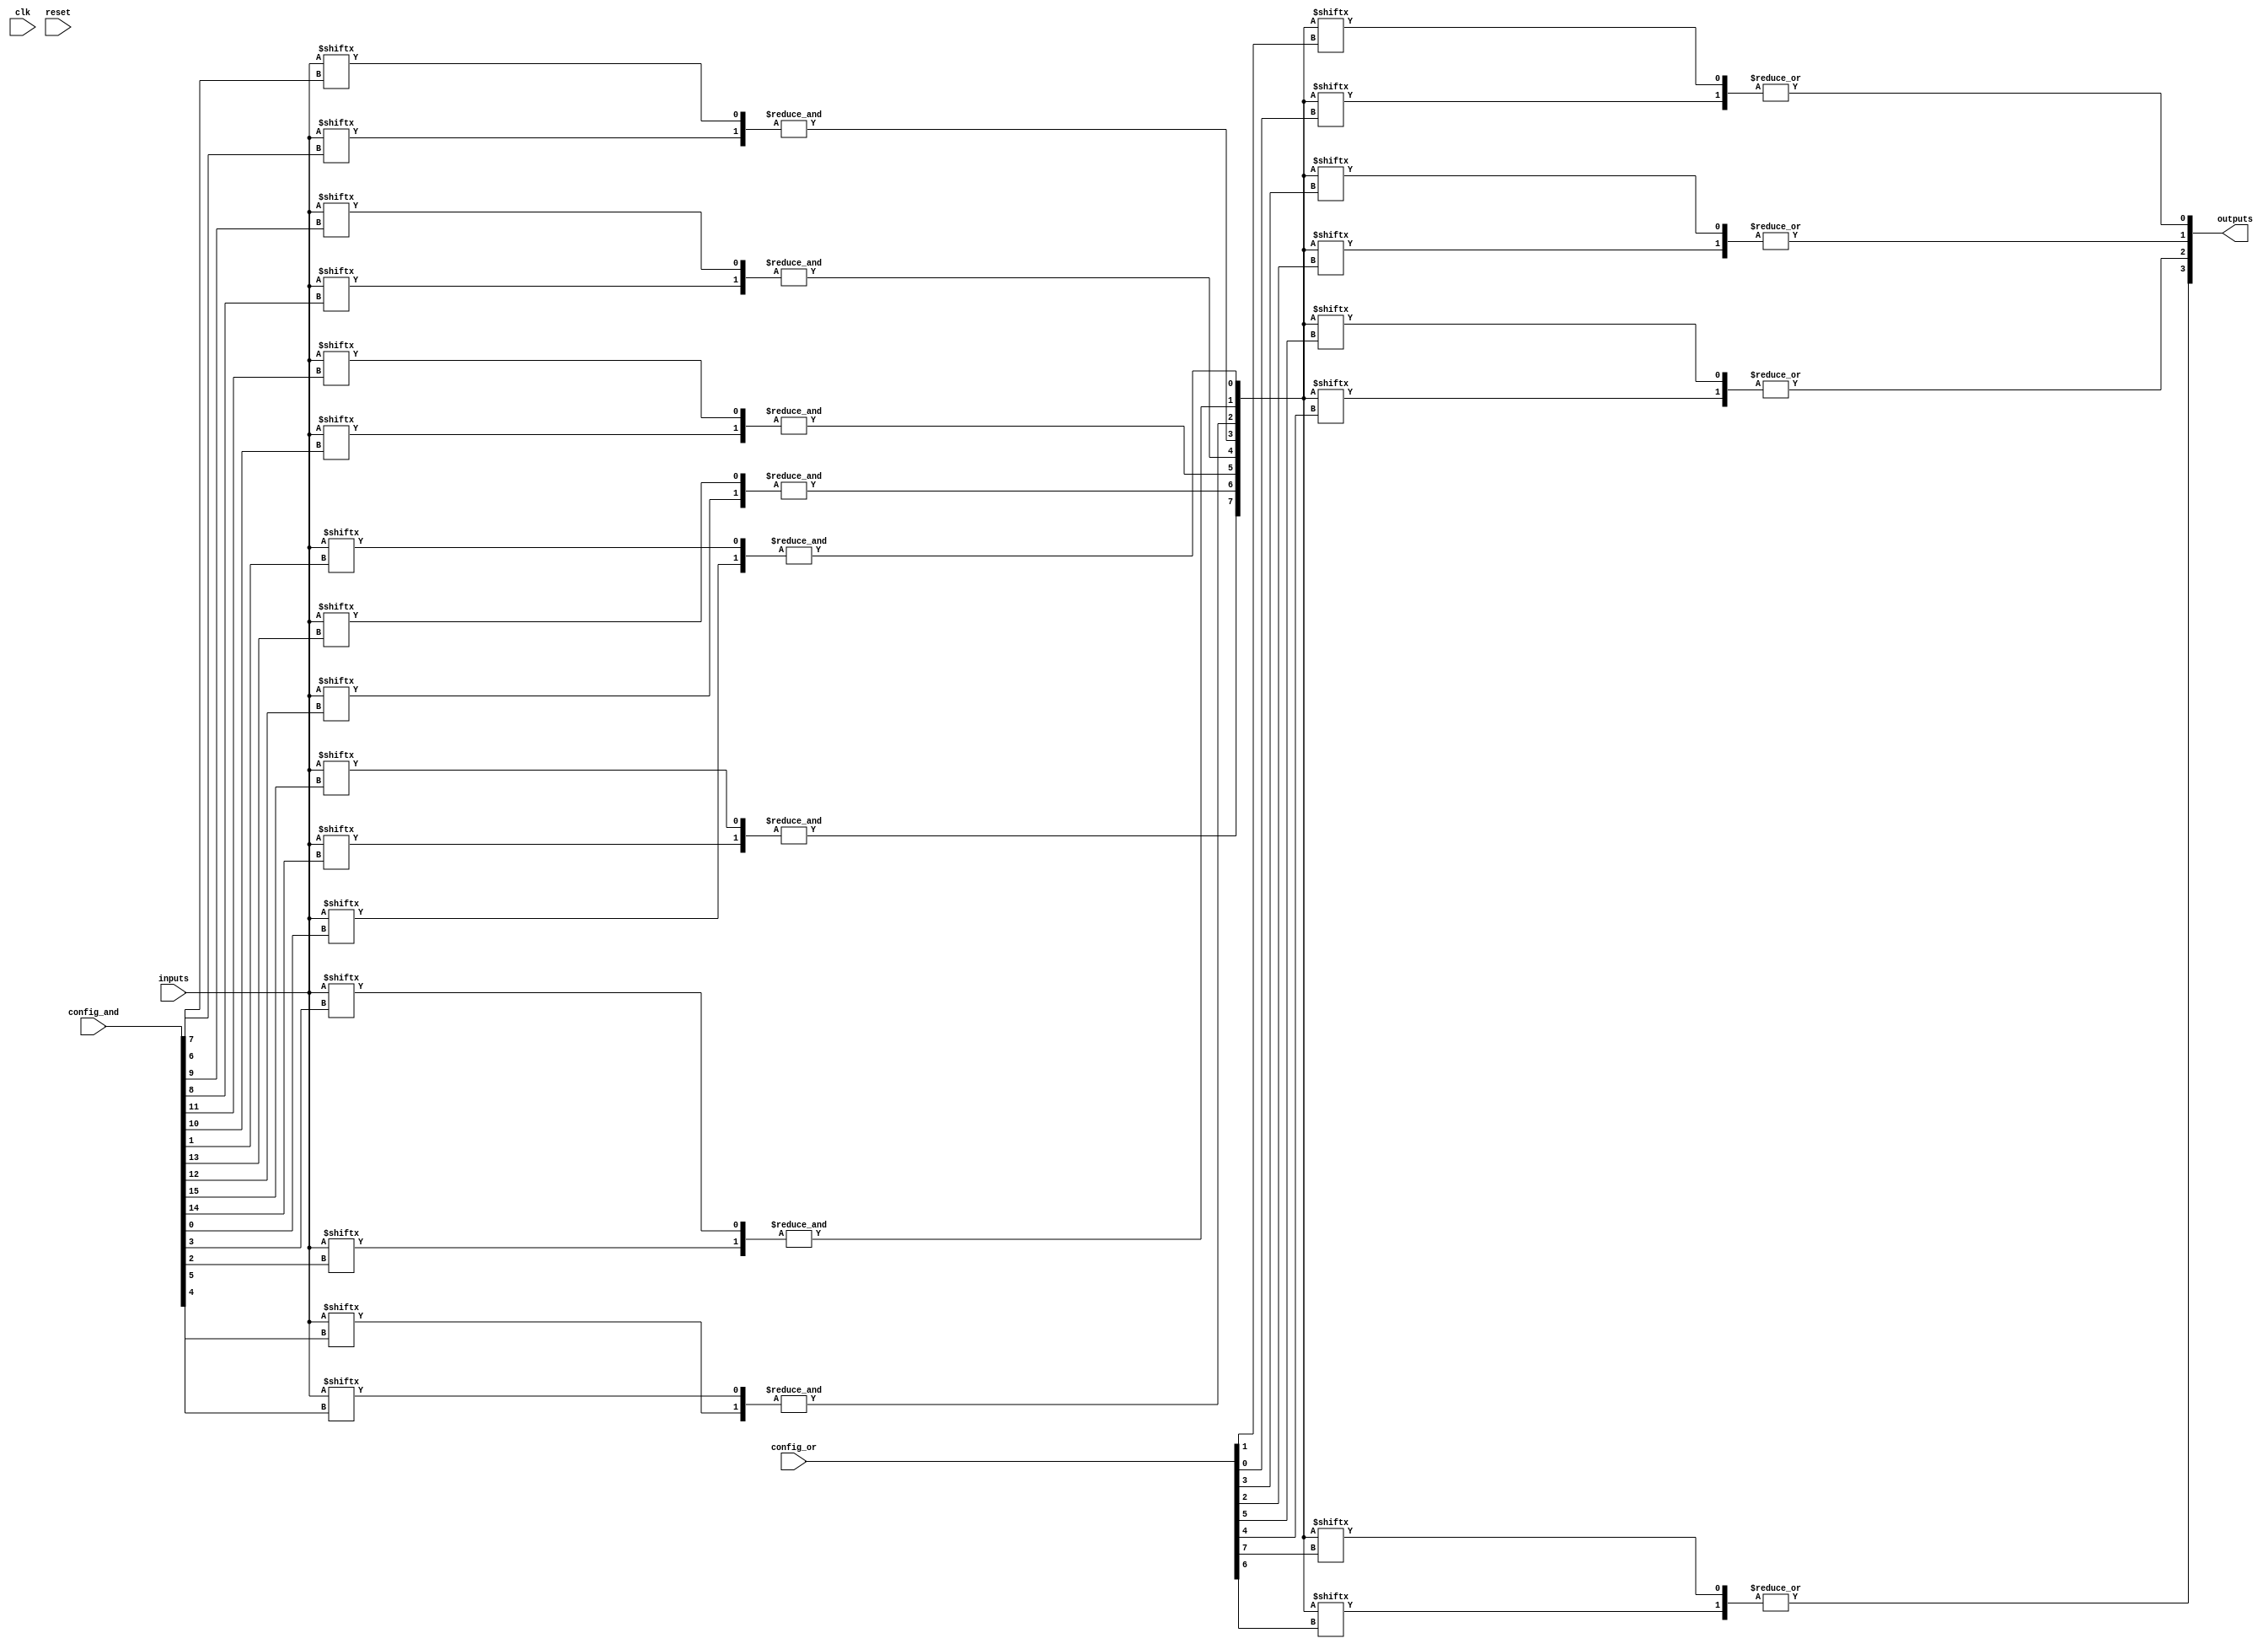
module SPAL (
    input wire [N-1:0] inputs,        // N input signals
    input wire [M-1:0] config_and,     // Configuration for AND array
    input wire [P-1:0] config_or,      // Configuration for OR array
    input wire clk,                    // Clock for control logic
    input wire reset,                  // Reset signal
    output wire [O-1:0] outputs        // O output signals
);

// Parameters
parameter N = 8;                     // Number of inputs
parameter M = 16;                    // Number of AND gates
parameter P = 8;                     // Number of OR gates
parameter O = 4;                     // Number of outputs

// Input Buffer
wire [N-1:0] buffered_inputs;
genvar i;
generate
    for (i = 0; i < N; i = i + 1) begin : input_buffer
        assign buffered_inputs[i] = inputs[i]; // Simple buffer; add inversion if needed
    end
endgenerate

// AND Array
wire [M-1:0] and_outputs;
genvar j;
generate
    for (j = 0; j < M; j = j + 1) begin : and_array
        assign and_outputs[j] = &({buffered_inputs[config_and[j*2]], buffered_inputs[config_and[j*2 + 1]]}); // AND logic
    end
endgenerate

// OR Array
wire [P-1:0] or_outputs;
genvar k;
generate
    for (k = 0; k < P; k = k + 1) begin : or_array
        assign or_outputs[k] = |({and_outputs[config_or[k*2]], and_outputs[config_or[k*2 + 1]]}); // OR logic
    end
endgenerate

// Output Buffer
wire [O-1:0] buffered_outputs;
generate
    for (i = 0; i < O; i = i + 1) begin : output_buffer
        assign buffered_outputs[i] = or_outputs[i]; // Simple buffer; add inversion if needed
    end
endgenerate

// Control Logic (simplified)
always @(posedge clk or posedge reset) begin
    if (reset) begin
        // Reset logic here
    end else begin
        // Control logic for loading configuration memory
    end
end

// Final outputs
assign outputs = buffered_outputs;

endmodule